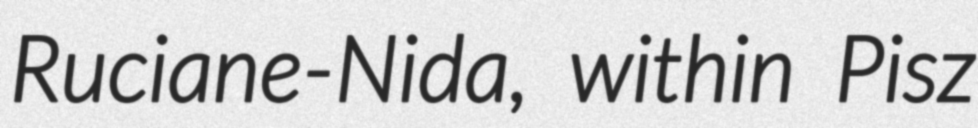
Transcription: Ruciane-Nida, within Pisz